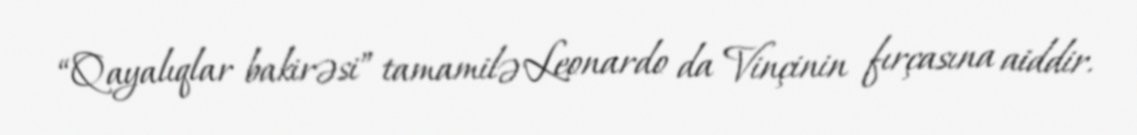
“Qayalıqlar bakirəsi” tamamilə Leonardo da Vinçinin fırçasına aiddir.